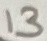
Text: 13